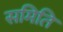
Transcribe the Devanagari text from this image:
समिति